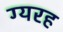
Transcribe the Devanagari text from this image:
ग्यरह